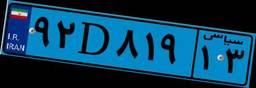
۹۲D۸۱۹۱۳